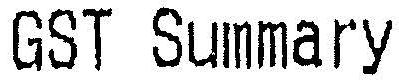
GST SUMMARY